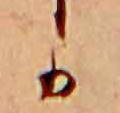
か